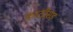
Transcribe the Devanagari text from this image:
काठीसह